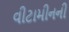
વીટામીનની